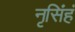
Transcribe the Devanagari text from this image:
नृसिंहं